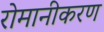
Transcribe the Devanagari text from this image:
रोमानीकरण